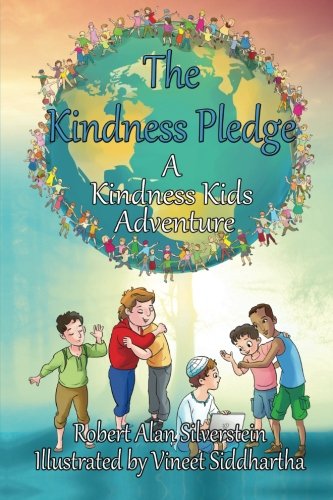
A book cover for The Kindness Pledge: A Kindness Kids Adventure (Kindness Kids Adventures); Robert Alan Silverstein; Children's Books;